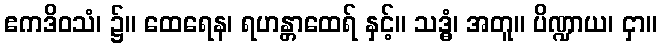
ဧကဒိဝသံ၊ ၌။ ထေရေန၊ ရဟန္တာထေရ် နှင့်။ သဒ္ဓံ၊ အတူ။ ပိဏ္ဍာယ၊ ငှာ။